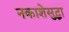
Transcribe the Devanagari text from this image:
नकाशेसुद्धा